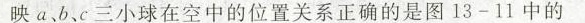
映a、b、c三小球在空中的位置关系正确的是图13-11中的